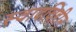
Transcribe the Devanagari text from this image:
स्वादविहीन